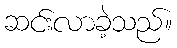
ဆင်းလာခဲ့သည်။